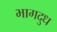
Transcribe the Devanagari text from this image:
भागदुध